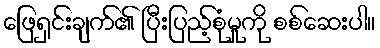
ဖြေရှင်းချက်၏ ပြီးပြည့်စုံမှုကို စစ်ဆေးပါ။